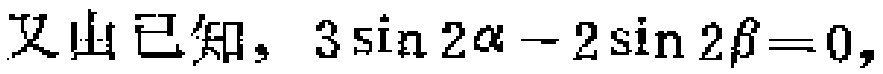
又由已知，$3\sin 2\alpha - 2\sin 2\beta = 0,$